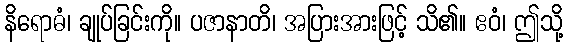
နိရောဓံ၊ ချုပ်ခြင်းကို။ ပဇာနာတိ၊ အပြားအားဖြင့် သိ၏။ ဧဝံ၊ ဤသို့